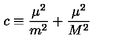
c \equiv \frac { \mu ^ { 2 } } { m ^ { 2 } } + \frac { \mu ^ { 2 } } { M ^ { 2 } }